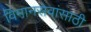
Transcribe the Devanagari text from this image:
विमानसेवांसाठी